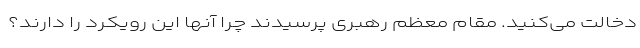
دخالت می‌کنید. مقام معظم رهبری پرسیدند چرا آنها این رویکرد را دارند؟